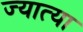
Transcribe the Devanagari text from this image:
ज्यात्या